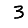
Digit: 3